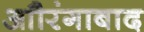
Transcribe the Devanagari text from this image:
आौरंगाबाद